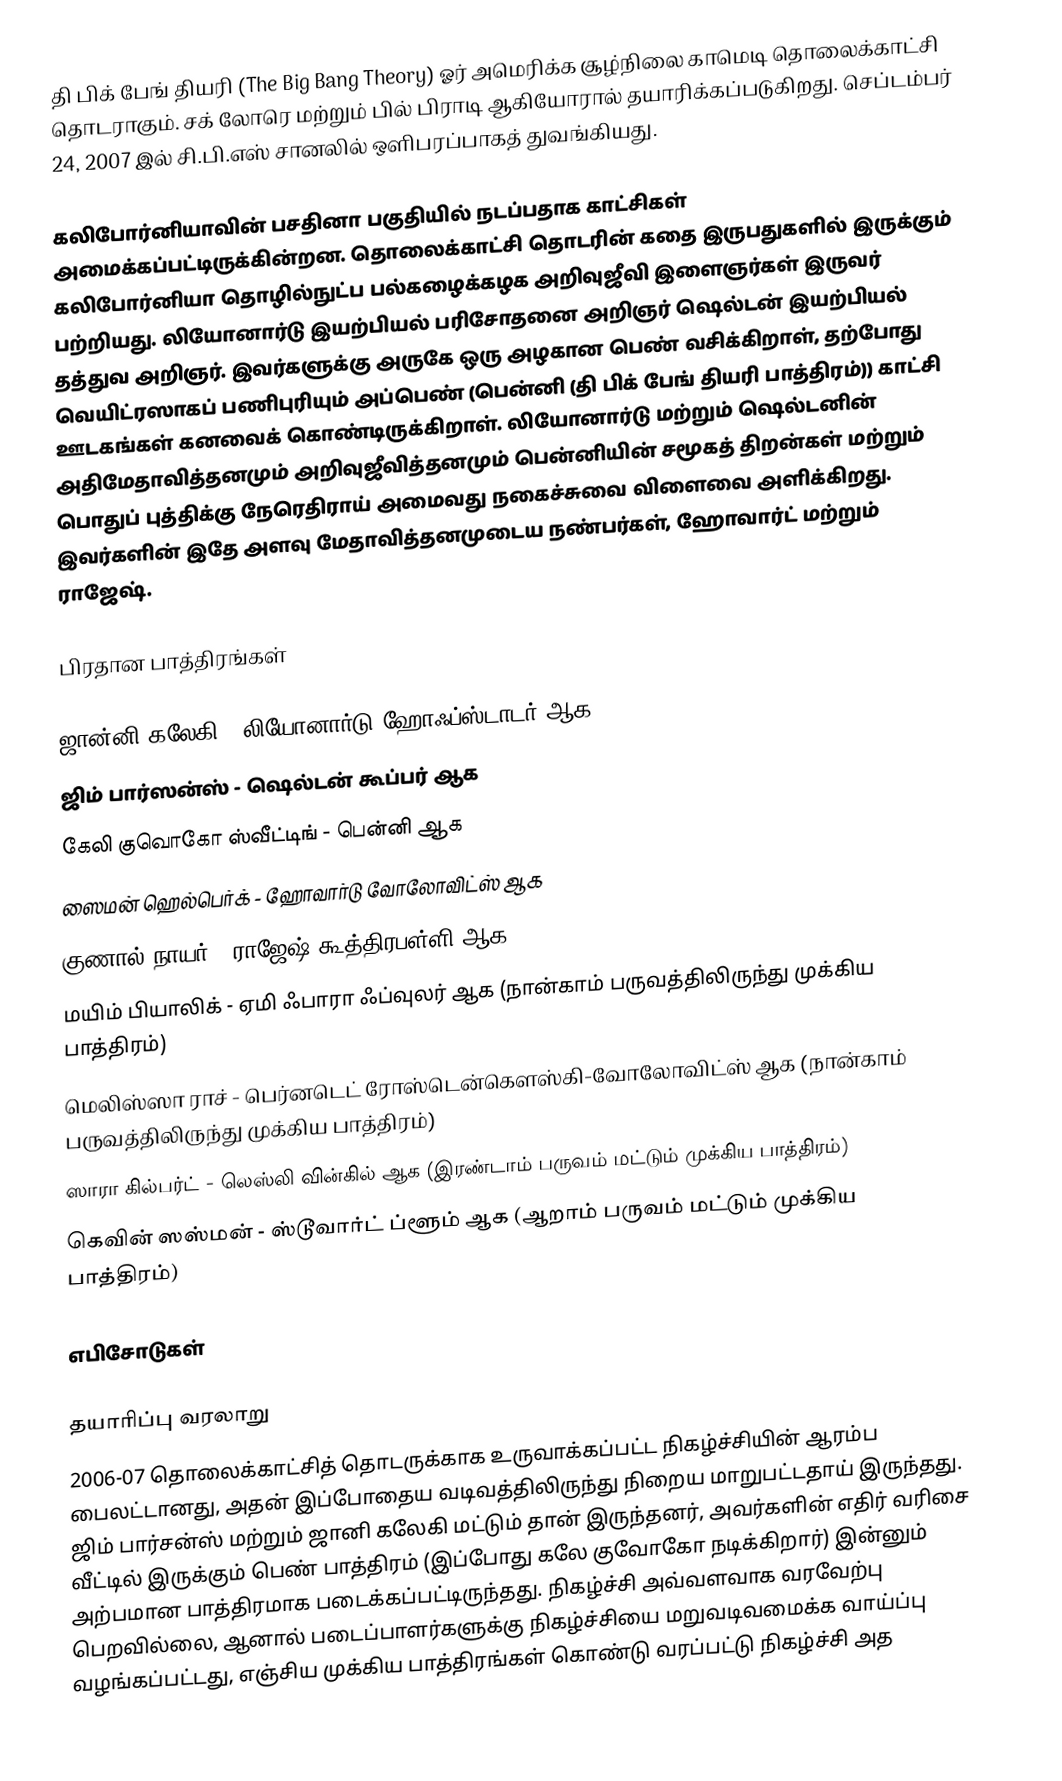
தி பிக் பேங் தியரி (The Big Bang Theory) ஓர் அமெரிக்க சூழ்நிலை காமெடி தொலைக்காட்சி தொடராகும். சக் லோரெ மற்றும் பில் பிராடி ஆகியோரால் தயாரிக்கப்படுகிறது. செப்டம்பர் 24, 2007 இல் சி.பி.எஸ் சானலில் ஒளிபரப்பாகத் துவங்கியது.

கலிபோர்னியாவின் பசதினா பகுதியில் நடப்பதாக காட்சிகள் அமைக்கப்பட்டிருக்கின்றன. தொலைக்காட்சி தொடரின் கதை இருபதுகளில் இருக்கும் கலிபோர்னியா தொழில்நுட்ப பல்கழைக்கழக அறிவுஜீவி இளைஞர்கள் இருவர் பற்றியது. லியோனார்டு இயற்பியல் பரிசோதனை அறிஞர் ஷெல்டன் இயற்பியல் தத்துவ அறிஞர். இவர்களுக்கு அருகே ஒரு அழகான பெண் வசிக்கிறாள், தற்போது வெயிட்ரஸாகப் பணிபுரியும் அப்பெண் (பென்னி (தி பிக் பேங் தியரி பாத்திரம்)) காட்சி ஊடகங்கள் கனவைக் கொண்டிருக்கிறாள். லியோனார்டு மற்றும் ஷெல்டனின் அதிமேதாவித்தனமும் அறிவுஜீவித்தனமும் பென்னியின் சமூகத் திறன்கள் மற்றும் பொதுப் புத்திக்கு நேரெதிராய் அமைவது நகைச்சுவை விளைவை அளிக்கிறது. இவர்களின் இதே அளவு மேதாவித்தனமுடைய நண்பர்கள், ஹோவார்ட் மற்றும் ராஜேஷ்.

பிரதான பாத்திரங்கள்

 ஜான்னி கலேகி - லியோனார்டு ஹோஃப்ஸ்டாடர் ஆக
 ஜிம் பார்ஸன்ஸ் - ஷெல்டன் கூப்பர் ஆக
 கேலி குவொகோ ஸ்வீட்டிங் - பென்னி ஆக
 ஸைமன் ஹெல்பெர்க் - ஹோவார்டு வோலோவிட்ஸ் ஆக
 குணால் நாயர் - ராஜேஷ் கூத்திரபள்ளி ஆக
 மயிம் பியாலிக் - ஏமி ஃபாரா ஃப்வுலர் ஆக (நான்காம் பருவத்திலிருந்து முக்கிய பாத்திரம்)
 மெலிஸ்ஸா ராச் - பெர்னடெட் ரோஸ்டென்கௌஸ்கி-வோலோவிட்ஸ் ஆக (நான்காம் பருவத்திலிருந்து முக்கிய பாத்திரம்)
 ஸாரா கில்பர்ட் - லெஸ்லி வின்கில் ஆக (இரண்டாம் பருவம் மட்டும் முக்கிய பாத்திரம்)
 கெவின் ஸஸ்மன் - ஸ்டூவார்ட் ப்ளூம் ஆக (ஆறாம் பருவம் மட்டும் முக்கிய பாத்திரம்)

எபிசோடுகள்

தயாரிப்பு வரலாறு
2006-07 தொலைக்காட்சித் தொடருக்காக உருவாக்கப்பட்ட நிகழ்ச்சியின் ஆரம்ப பைலட்டானது, அதன் இப்போதைய வடிவத்திலிருந்து நிறைய மாறுபட்டதாய் இருந்தது. ஜிம் பார்சன்ஸ் மற்றும் ஜானி கலேகி மட்டும் தான் இருந்தனர், அவர்களின் எதிர் வரிசை வீட்டில் இருக்கும் பெண் பாத்திரம் (இப்போது கலே குவோகோ நடிக்கிறார்) இன்னும் அற்பமான பாத்திரமாக படைக்கப்பட்டிருந்தது. நிகழ்ச்சி அவ்வளவாக வரவேற்பு பெறவில்லை, ஆனால் படைப்பாளர்களுக்கு நிகழ்ச்சியை மறுவடிவமைக்க வாய்ப்பு வழங்கப்பட்டது, எஞ்சிய முக்கிய பாத்திரங்கள் கொண்டு வரப்பட்டு நிகழ்ச்சி அத